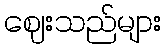
ဈေးသည်များ